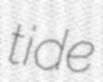
tide